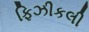
ફિઝીકલી